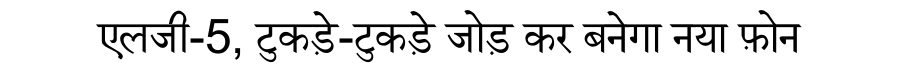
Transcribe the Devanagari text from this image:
एलजी-5, टुकड़े-टुकड़े जोड़ कर बनेगा नया फ़ोन